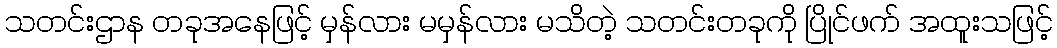
သတင်းဌာန တခုအနေဖြင့် မှန်လား မမှန်လား မသိတဲ့ သတင်းတခုကို ပြိုင်ဖက် အထူးသဖြင့်